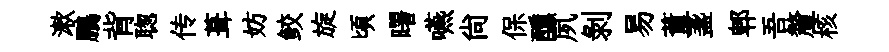
漱鵬背聦传葺妨鲛旋頃曙嚥尚保醺夙剥易董盞郫吾釐核